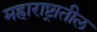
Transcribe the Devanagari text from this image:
मह्राराष्ट्रातील